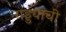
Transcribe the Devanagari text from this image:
गड्ड्याची